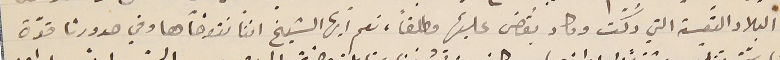
البلاد التَعيسة التي دُكّت وكاد يُقضى عليها مطلقاً، نعم أيها الشيخ اننّا نتوخّاها وفي صدورنا قوّة